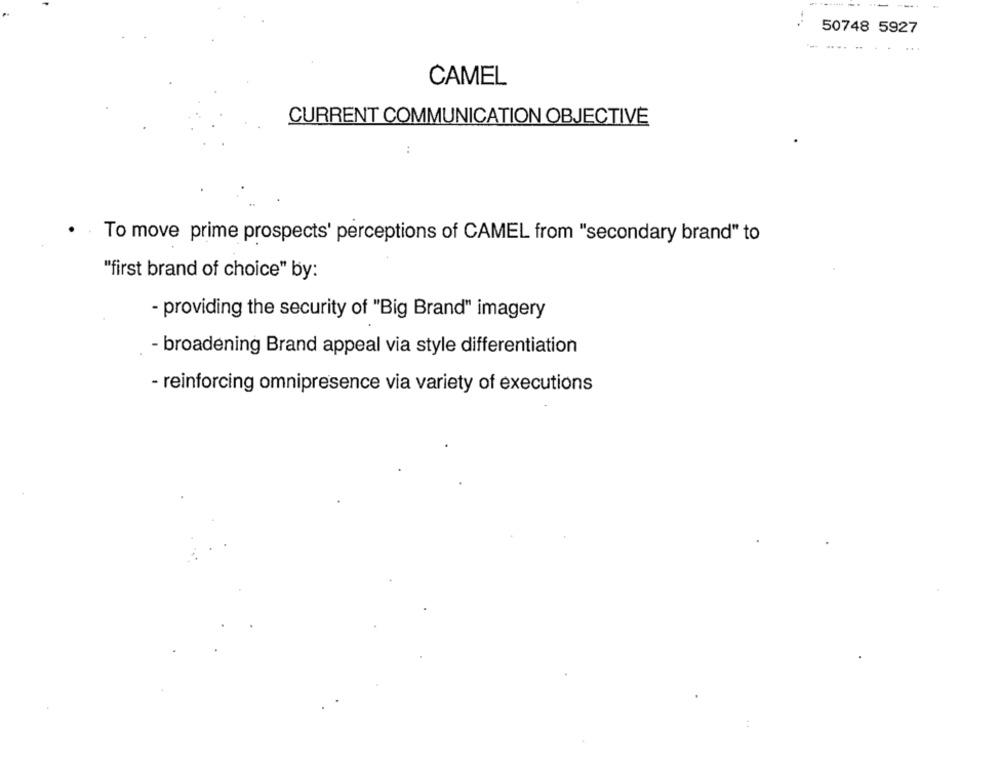
--
50748 5927
---.. .
...
CAMEL
CURRENT COMMUNICATION OBJECTIVE
To move prime prospects' perceptions of CAMEL from "secondary brand" to
"first brand of choice" by:
- providing the security of "Big Brand" imagery
- broadening Brand appeal via style differentiation
- reinforcing omnipresence via variety of executions